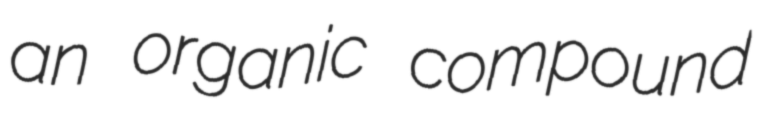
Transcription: an organic compound